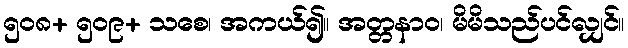
၅၀၈+ ၅၀၉+ သစေ၊ အကယ်၍။ အတ္တနာဝ၊ မိမိသည်ပင်လျှင်။